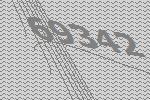
69342